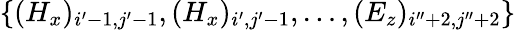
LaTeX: \{ (H_{x})_{i^{\prime}-1,j^{\prime}-1},(H_{x})_{i^{\prime},j^{\prime}-1},\ldots,(E_{z})_{i^{\prime\prime}+2,j^{\prime\prime}+2}\}